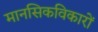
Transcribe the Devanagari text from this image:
मानसिकविकारों